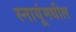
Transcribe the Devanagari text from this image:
स्नायूंमधील